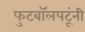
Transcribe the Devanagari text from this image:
फुटबॉलपटूंनी